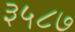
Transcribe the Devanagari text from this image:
३५८७